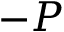
- P